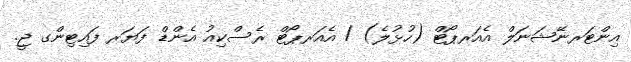
އިންޓަރނޭޝަނަލް އެއަރޕޯޓް (ހުޅުލެ) / އެއަރޕޯޓް ރެސްކިއު އެންޑް ފަޔަރ ފައިޓިންގ ޖީ.